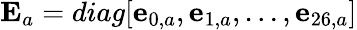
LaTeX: {{\mathbf{E}}_{a}}=diag[{{\mathbf{e}}_{0,a}},{{\mathbf{e}}_{1,a}},...,{{\mathbf{e}}_{26,a}}]